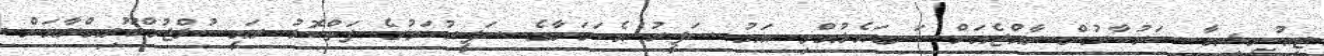
ޓިއުނީޝިއާ ސަރުކާރުން ރާއްޖެއަށް ކަނޑައެޅުއްވި އައު ސަފީރު އެކަމަނާގެ ސަފީރުކަމުގެ ފަތްކޮޅު ރައީސުލްޖުމްހޫރިއްޔާއަށް